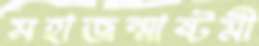
মহাজন্মাষ্টমী